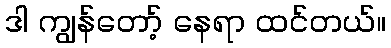
ဒါ ကျွန်တော့် နေရာ ထင်တယ်။